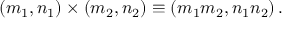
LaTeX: \left( m _ { 1 } , n _ { 1 } \right) \times \left( m _ { 2 } , n _ { 2 } \right) \equiv \left( m _ { 1 } m _ { 2 } , n _ { 1 } n _ { 2 } \right) .